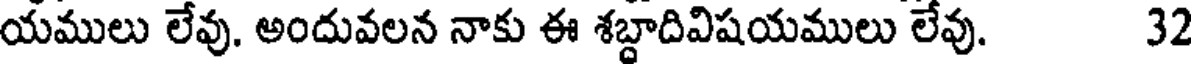
యములు లేవు. అందువలన నాకు ఈ శబ్దాదివిషయములు లేవు. 32